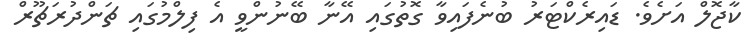
ކާޖޮލް އަށެވެ. ޑައިރެކްޓަރު ބުނެފައިވާ ގޮތުގައި އޭނާ ބޭނުންވީ އެ ފިލްމުގައި ޗަންދުރަޗޫރް